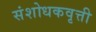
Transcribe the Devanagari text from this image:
संशोधकवृत्ती